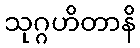
သုဂ္ဂဟိတာနိ